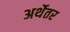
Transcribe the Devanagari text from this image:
अर्थेतर